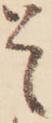
そ